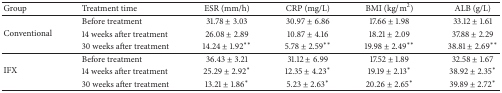
<table><thead><tr><td><b>Group</b></td><td><b>Treatment time</b></td><td><b>ESR (mm/h)</b></td><td><b>CRP (mg/L)</b></td><td><b>BMI (kg/m<sup>2</sup>)</b></td><td><b>ALB (g/L)</b></td></tr></thead><tbody><tr><td rowspan="3">Conventional</td><td>Before treatment</td><td>31.78 ± 3.03</td><td>30.97 ± 6.86</td><td>17.66 ± 1.98</td><td>33.12 ± 1.61</td></tr><tr><td>14 weeks after treatment</td><td>26.08 ± 2.89</td><td>10.87 ± 4.16</td><td>18.21 ± 2.09</td><td>37.88 ± 2.29</td></tr><tr><td>30 weeks after treatment</td><td>14.24 ± 1.92<sup><i>∗∗</i></sup></td><td>5.78 ± 2.59<sup><i>∗∗</i></sup></td><td>19.98 ± 2.49<sup><i>∗∗</i></sup></td><td>38.81 ± 2.69<sup><i>∗∗</i></sup></td></tr><tr><td rowspan="3">IFX</td><td>Before treatment</td><td>36.43 ± 3.21</td><td>31.12 ± 6.99</td><td>17.52 ± 1.89</td><td>32.58 ± 1.67</td></tr><tr><td>14 weeks after treatment</td><td>25.29 ± 2.92<sup><i>∗</i></sup></td><td>12.35 ± 4.23<sup><i>∗</i></sup></td><td>19.19 ± 2.13<sup><i>∗</i></sup></td><td>38.92 ± 2.35<sup><i>∗</i></sup></td></tr><tr><td>30 weeks after treatment</td><td>13.21 ± 1.86<sup><i>∗</i></sup></td><td>5.23 ± 2.63<sup><i>∗</i></sup></td><td>20.26 ± 2.65<sup><i>∗</i></sup></td><td>39.89 ± 2.72<sup><i>∗</i></sup></td></tr></tbody></table>